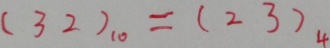
( 3 2 ) _ { 1 0 } = ( 2 3 ) _ { 4 }